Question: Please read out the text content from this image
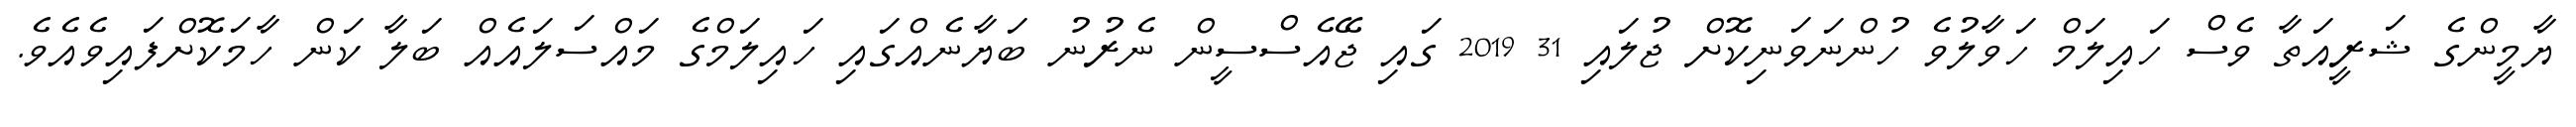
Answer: ޔާމީންގެ ޝަރީއަތާ ވެސް ހައިލަމް ހަވާލުވެ ހުންނަވަނިކޮށް ޖުލައި 31 2019 ގައި ޖޭއެސްސީން ނެރުނު ބަޔާނެއްގައި ހައިލަމްގެ މައްސަލައެއް ބަލާ ކަން ހާމަކޮށްފައިވެއެވެ.